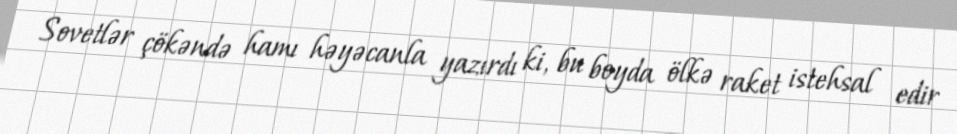
Sovetlər çökəndə hamı həyəcanla yazırdı ki, bu boyda ölkə raket istehsal edir